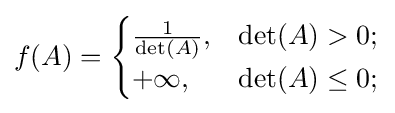
f(A)={\begin{cases}{\frac {1}{\det(A)}},&\det(A)>0;\\+\infty ,&\det(A)\leq 0;\end{cases}}